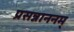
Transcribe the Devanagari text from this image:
प्रसन्नाननम्